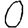
Digit: 0